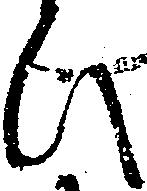
ひ